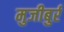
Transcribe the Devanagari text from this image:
मुजीबुर्र